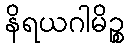
နိရယဂါမိဉ္စ